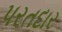
પરતદાર